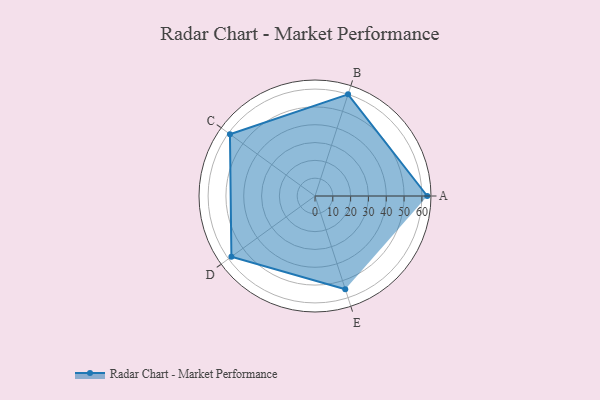
{"axis": {"x": "Skill", "y": "Score"}, "legend": ["Profile"], "data": [{"x": "A", "y": 63.0, "type": "Profile"}, {"x": "B", "y": 60.0, "type": "Profile"}, {"x": "C", "y": 59.0, "type": "Profile"}, {"x": "D", "y": 58.0, "type": "Profile"}, {"x": "E", "y": 55.0, "type": "Profile"}]}